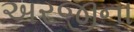
અરજીના